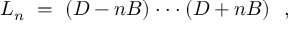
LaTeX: { \cal L } _ { n } \ = \ ( D - n B ) \cdot \cdot \cdot ( D + n B ) \ \ ,